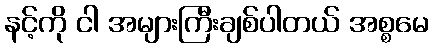
နင့်ကို ငါ အများကြီးချစ်ပါတယ် အစ္စမေ